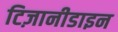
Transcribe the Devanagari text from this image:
टिज़ानीडाइन